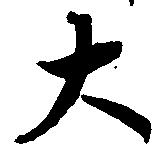
大